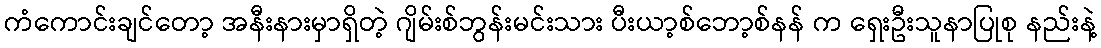
ကံကောင်းချင်တော့ အနီးနားမှာရှိတဲ့ ဂျိမ်းစ်ဘွန်းမင်းသား ပီးယာ့စ်ဘော့စ်နန် က ရှေးဦးသူနာပြုစု နည်းနဲ့